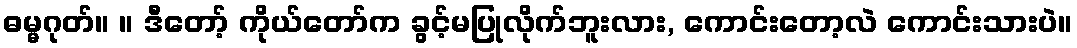
ဓမ္မဂုတ်။ ။ ဒီတော့် ကိုယ်တော်က ခွင့်မပြုလိုက်ဘူးလား, ကောင်းတော့လဲ ကောင်းသားပဲ။